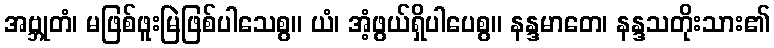
အဗ္ဘုတံ၊ မဖြစ်ဖူးမြဲဖြစ်ပါသေစွ။ ယံ၊ အံ့ဖွယ်ရှိပါပေစွ။ နန္ဒမာတေ၊ နန္ဒသတိုးသား၏